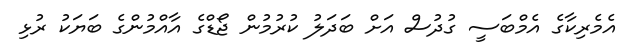
އެމެރިކާގެ އެމްބަސީ ގުދުސް އަށް ބަދަލު ކުރުމުން ޖޯޑްގެ އާއްމުންގެ ބަޔަކު ރުޅި